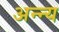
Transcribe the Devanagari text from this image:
अन्न्य